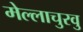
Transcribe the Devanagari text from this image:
मेल्‍लाचुरवु